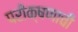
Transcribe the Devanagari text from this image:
परीक्षणाची